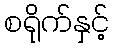
စရိုက်နှင့်